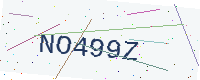
Text: NO499Z